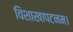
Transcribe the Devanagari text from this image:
विशाखापटनम।